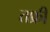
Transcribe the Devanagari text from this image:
तफ्री